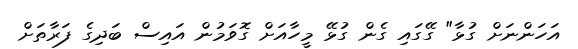
އަހަންނަށް ގުޅާ" ގޭގައި ގެން ގުޅޭ މީހާއަށް ގޮވަމުން އައިސް ބަދިގެ ފަރާތަށް